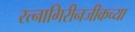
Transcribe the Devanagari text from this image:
रत्नागिरीनजीकच्या